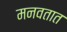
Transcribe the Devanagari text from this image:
मनवतात